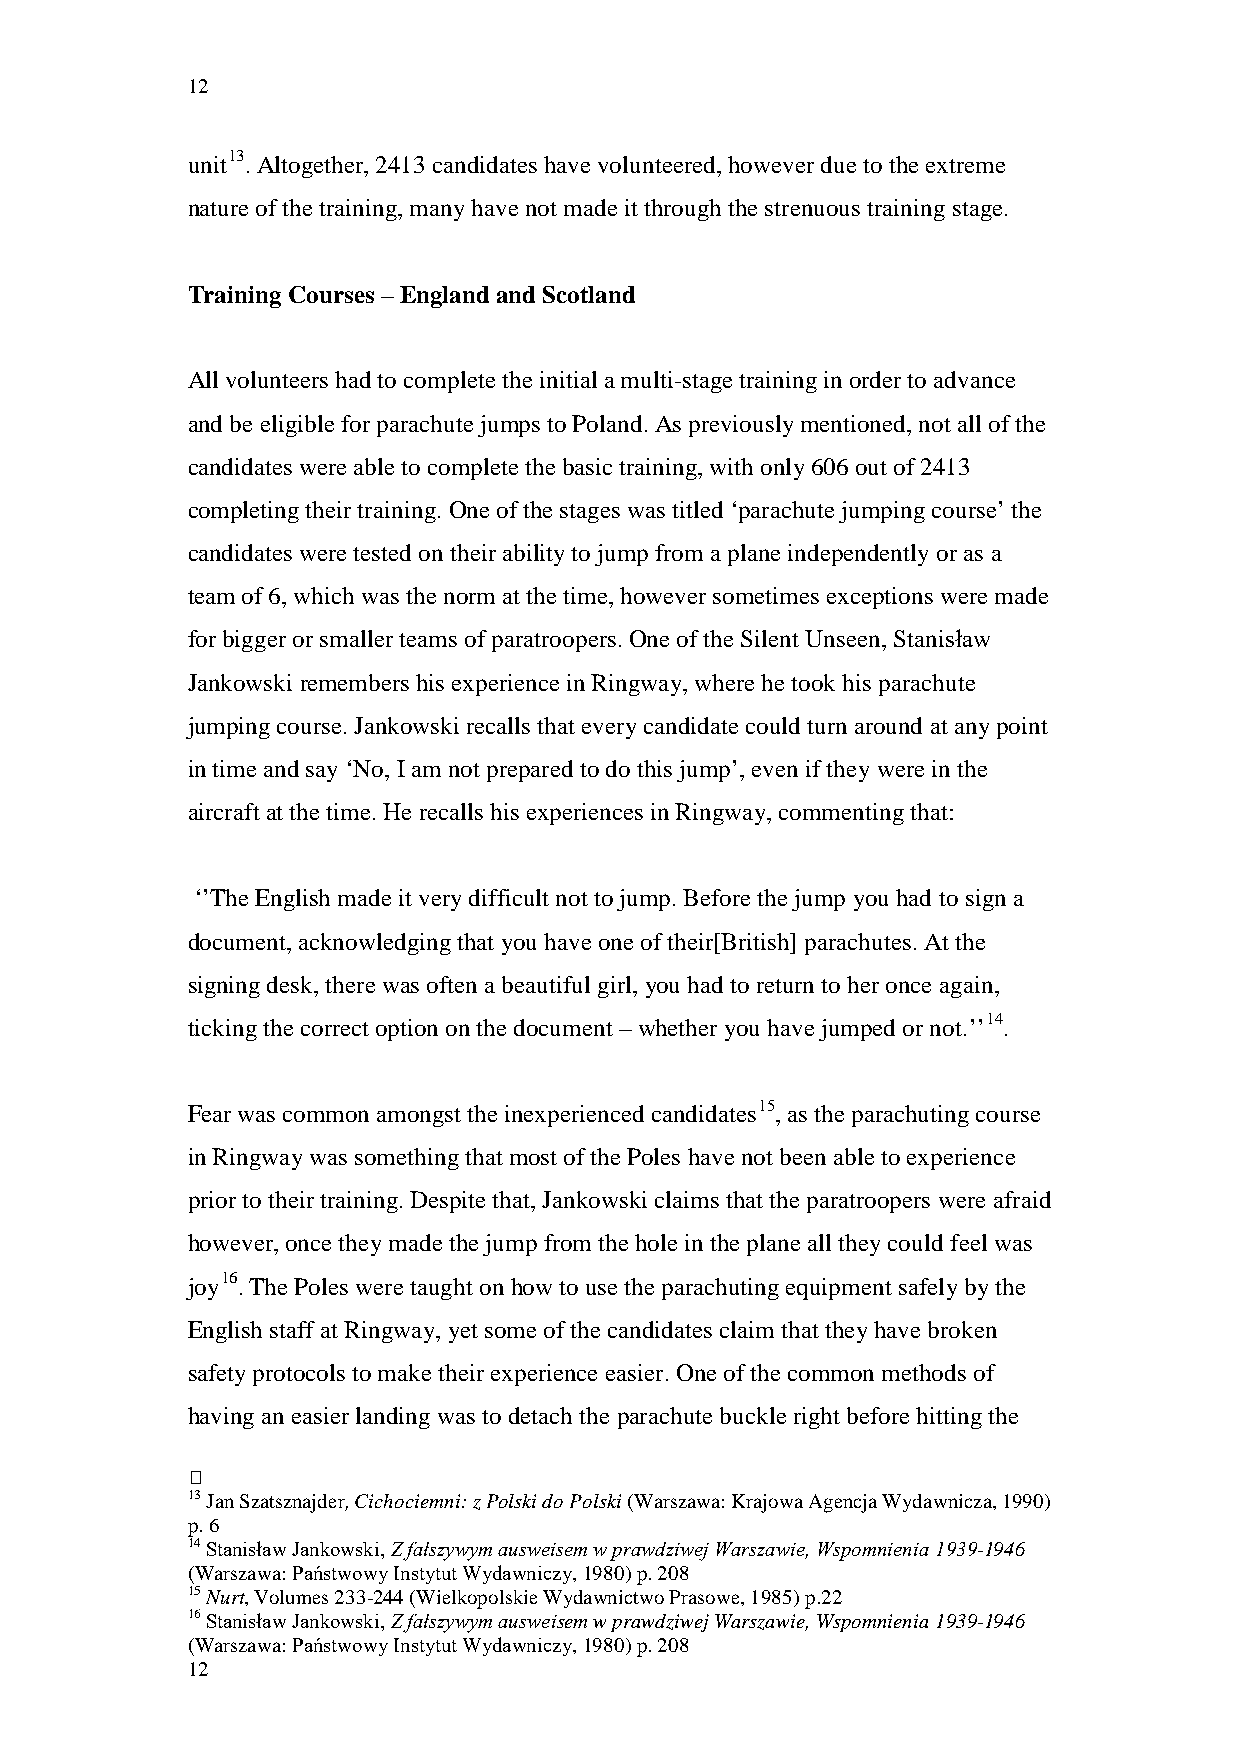
12
 unit13. Altogether, 2413 candidates have volunteered, however due to the extreme
 nature of the training, many have not made it through the strenuous training stage.
 Training Courses – England and Scotland
 All volunteers had to complete the initial a multi-stage training in order to advance
 and be eligible for parachute jumps to Poland. As previously mentioned, not all of the
 candidates were able to complete the basic training, with only 606 out of 2413
 completing their training. One of the stages was titled ‘parachute jumping course’ the
 candidates were tested on their ability to jump from a plane independently or as a
 team of 6, which was the norm at the time, however sometimes exceptions were made
 for bigger or smaller teams of paratroopers. One of the Silent Unseen, Stanisław
 Jankowski remembers his experience in Ringway, where he took his parachute
 jumping course. Jankowski recalls that every candidate could turn around at any point
 in time and say ‘No, I am not prepared to do this jump’, even if they were in the
 aircraft at the time. He recalls his experiences in Ringway, commenting that:
 ‘’The English made it very difficult not to jump. Before the jump you had to sign a
 document, acknowledging that you have one of their[British] parachutes. At the
 signing desk, there was often a beautiful girl, you had to return to her once again,
 ticking the correct option on the document – whether you have jumped or not.’’14.
 Fear was common amongst the inexperienced candidates15, as the parachuting course
 in Ringway was something that most of the Poles have not been able to experience
 prior to their training. Despite that, Jankowski claims that the paratroopers were afraid
 however, once they made the jump from the hole in the plane all they could feel was
 joy16. The Poles were taught on how to use the parachuting equipment safely by the
 English staff at Ringway, yet some of the candidates claim that they have broken
 safety protocols to make their experience easier. One of the common methods of
 having an easier landing was to detach the parachute buckle right before hitting the
 
 13 Jan Szatsznajder, Cichociemni: z Polski do Polski (Warszawa: Krajowa Agencja Wydawnicza, 1990)
 p. 6
 14 Stanisław Jankowski, Z fałszywym ausweisem w prawdziwej Warszawie, Wspomnienia 1939-1946
 (Warszawa: Państwowy Instytut Wydawniczy, 1980) p. 208
 15 Nurt, Volumes 233-244 (Wielkopolskie Wydawnictwo Prasowe, 1985) p.22
 16 Stanisław Jankowski, Z fałszywym ausweisem w prawdziwej Warszawie, Wspomnienia 1939-1946
 (Warszawa: Państwowy Instytut Wydawniczy, 1980) p. 208
 12